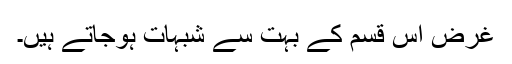
غرض اس قسم کے بہت سے شبہات ہوجاتے ہیں۔